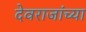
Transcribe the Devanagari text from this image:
देवराजांच्या